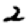
Digit: 2